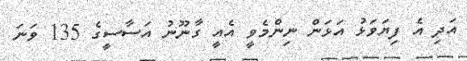
އަދި އެ ފިޔަވަޅު އަޅަން ނިންމެވީ އެއީ ގާނޫނު އަސާސީގެ 135 ވަނަ